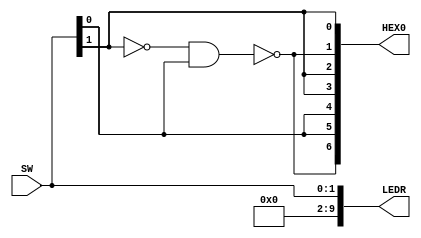
module part4(SW, LEDR, HEX0);
	input [1:0] SW;
	output [9:0] LEDR;
	output [0:6] HEX0;
	
	wire [1:0] C;
	
	assign LEDR[1:0] = SW;
	assign LEDR[9:2] = 8'b0;
	
	assign C = SW;
	
	assign HEX0[0] = ~(~C[1] & C[0]); 
	assign HEX0[1] = C[0];
	assign HEX0[2] = C[0];
	assign HEX0[3] = C[1];
	assign HEX0[4] = C[1];
	assign HEX0[5] = ~(~C[1] & C[0]); 
	assign HEX0[6] = C[1];
	

endmodule